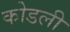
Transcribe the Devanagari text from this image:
कोडली